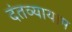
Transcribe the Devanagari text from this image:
दंतव्यायाम